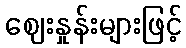
ဈေးနှုန်းများဖြင့်